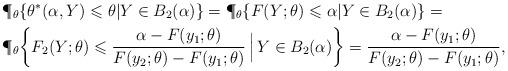
LaTeX: \begin{align*}& \P_{\theta}\{\theta^*(\alpha,Y)\leqslant\theta|Y\in B_2(\alpha)\} = \P_{\theta}\{F(Y;\theta)\leqslant\alpha|Y\in B_2(\alpha)\} = \\ & \P_{\theta}\bigg\{F_2(Y;\theta)\leqslant \frac{\alpha-F(y_1;\theta)}{F(y_2;\theta)-F(y_1;\theta)}\,\Big|\,Y\in B_2(\alpha)\bigg\} = \frac{\alpha-F(y_1;\theta)}{F(y_2;\theta)-F(y_1;\theta)},\end{align*}